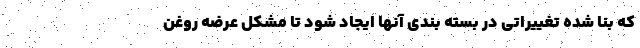
که بنا شده تغییراتی در بسته بندی آنها ایجاد شود تا مشکل عرضه روغن